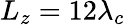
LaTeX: L_{z}=12\lambda_{c}